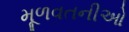
મૂળવતનીઓ